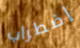
إضطراب